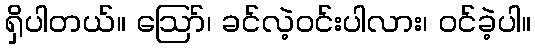
ရှိပါတယ်။ ဪ၊ ခင်လဲ့ဝင်းပါလား၊ ဝင်ခဲ့ပါ။